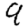
Digit: 9